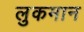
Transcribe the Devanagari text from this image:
लुकमान